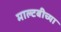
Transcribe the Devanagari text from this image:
माल्टबीच्या